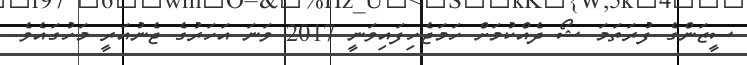
ސީޒަންގެ ފުރަތަމަ ޝޯ ދެއްކުމަށް ހަމަޖެހިފައިވަނީ 2017 ވަނަ އަހަރުގެ ޖެނުއަރީ މަހުގައެވެ.